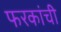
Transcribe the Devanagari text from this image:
फरकांची